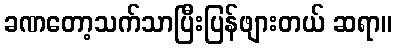
ခဏတော့သက်သာပြီးပြန်ဖျားတယ် ဆရာ။